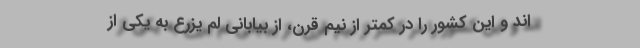
اند و این کشور را در کمتر از نیم قرن، از بیابانی لم یزرع به یکی از